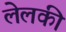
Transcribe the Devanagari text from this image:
लेलकी